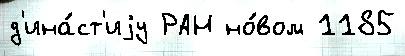
д'ина́ст'иjу РАН но́вом 1185